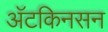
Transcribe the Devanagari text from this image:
अॅटकिनसन